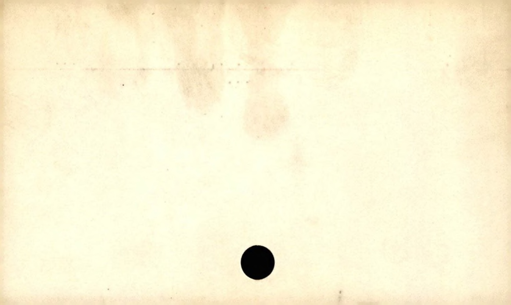
Label: blank